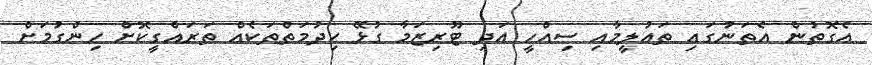
އެގޮތުން އެތަނުގައި ތައުލީމާއި ސިއްހީ އަދި ޓޫރިޒަމާ ގުޅޭ ހިދުމަތްތަކެއް ތަރައްގީކޮށް ހިންގުމަށް